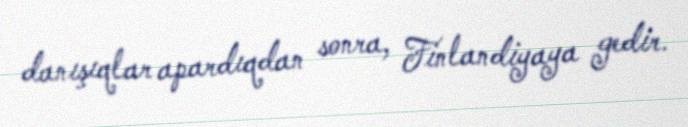
danışıqlar apardıqdan sonra, Finlandiyaya gedir.